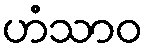
ဟံသာဝ